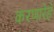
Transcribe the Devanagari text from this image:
करणारेहे